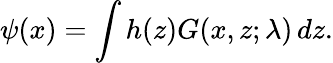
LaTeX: \psi(x)=\int h(z)G(x,z;\lambda)\, dz.